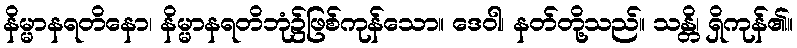
နိမ္မာနရတိနော၊ နိမ္မာနရတိဘုံ၌ဖြစ်ကုန်သော။ ဒေဝါ၊ နတ်တို့သည်။ သန္တိ၊ ရှိကုန်၏။